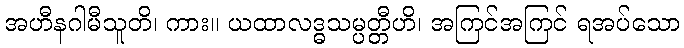
အဟီနဂါမီသူတိ၊ ကား။ ယထာလဒ္ဓသမ္ပတ္တီဟိ၊ အကြင်အကြင် ရအပ်သော